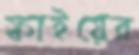
ফাইয়ের